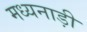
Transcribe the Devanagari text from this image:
मध्यनाड़ी